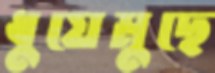
ধুয়েমুছে